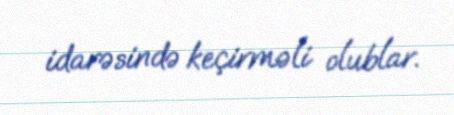
idarəsində keçirməli olublar.